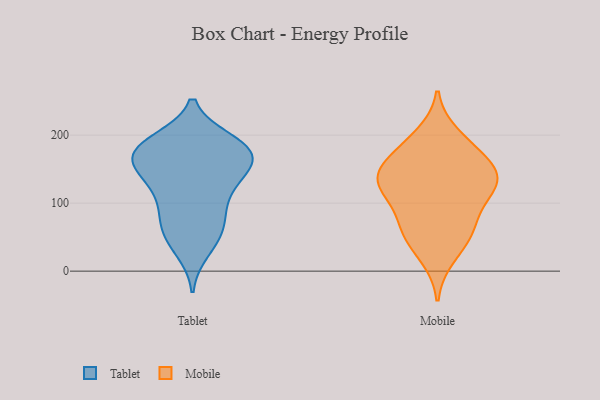
{"axis": {"x": "Satisfaction Score", "y": "Value"}, "legend": ["Mobile", "Tablet"], "data": [{"x": "", "y": 184, "type": "Tablet"}, {"x": "", "y": 182, "type": "Tablet"}, {"x": "", "y": 191, "type": "Tablet"}, {"x": "", "y": 182, "type": "Tablet"}, {"x": "", "y": 136, "type": "Tablet"}, {"x": "", "y": 81, "type": "Tablet"}, {"x": "", "y": 47, "type": "Tablet"}, {"x": "", "y": 63, "type": "Tablet"}, {"x": "", "y": 185, "type": "Tablet"}, {"x": "", "y": 149, "type": "Tablet"}, {"x": "", "y": 167, "type": "Tablet"}, {"x": "", "y": 31, "type": "Tablet"}, {"x": "", "y": 63, "type": "Tablet"}, {"x": "", "y": 150, "type": "Tablet"}, {"x": "", "y": 101, "type": "Tablet"}, {"x": "", "y": 109, "type": "Tablet"}, {"x": "", "y": 169, "type": "Tablet"}, {"x": "", "y": 131, "type": "Tablet"}, {"x": "", "y": 165, "type": "Tablet"}, {"x": "", "y": 59, "type": "Mobile"}, {"x": "", "y": 175, "type": "Mobile"}, {"x": "", "y": 142, "type": "Mobile"}, {"x": "", "y": 141, "type": "Mobile"}, {"x": "", "y": 148, "type": "Mobile"}, {"x": "", "y": 21, "type": "Mobile"}, {"x": "", "y": 91, "type": "Mobile"}, {"x": "", "y": 123, "type": "Mobile"}, {"x": "", "y": 107, "type": "Mobile"}, {"x": "", "y": 135, "type": "Mobile"}, {"x": "", "y": 132, "type": "Mobile"}, {"x": "", "y": 55, "type": "Mobile"}, {"x": "", "y": 181, "type": "Mobile"}, {"x": "", "y": 58, "type": "Mobile"}, {"x": "", "y": 200, "type": "Mobile"}]}